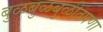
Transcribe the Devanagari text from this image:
बुळबुळबुळीतपणा